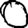
Digit: 0